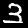
Digit: 3